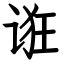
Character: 诳